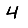
Digit: 4